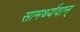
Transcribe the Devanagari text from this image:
सामर्थ्यवान्